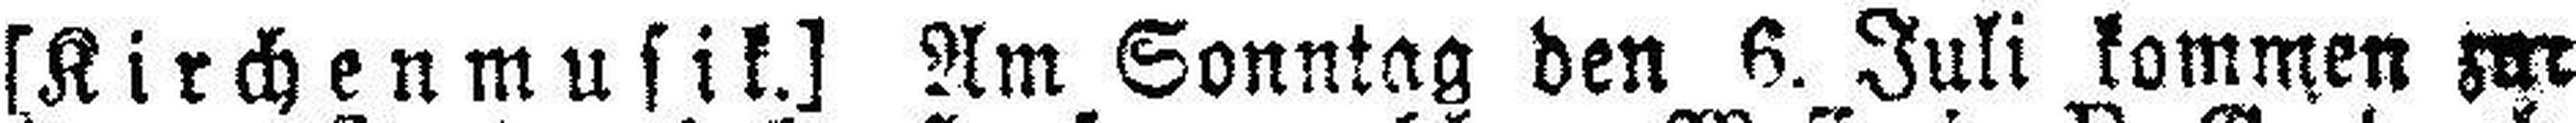
[Kirchenmusik.] Am Sonntag den 6. Juli kommen zur